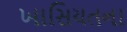
ખાસિયતના